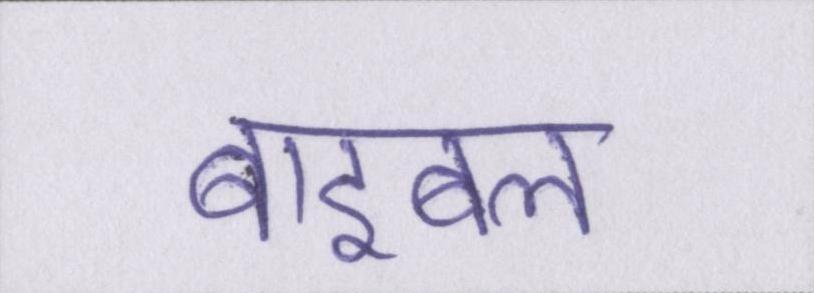
बाइबल